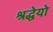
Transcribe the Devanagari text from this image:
श्रद्धेयो